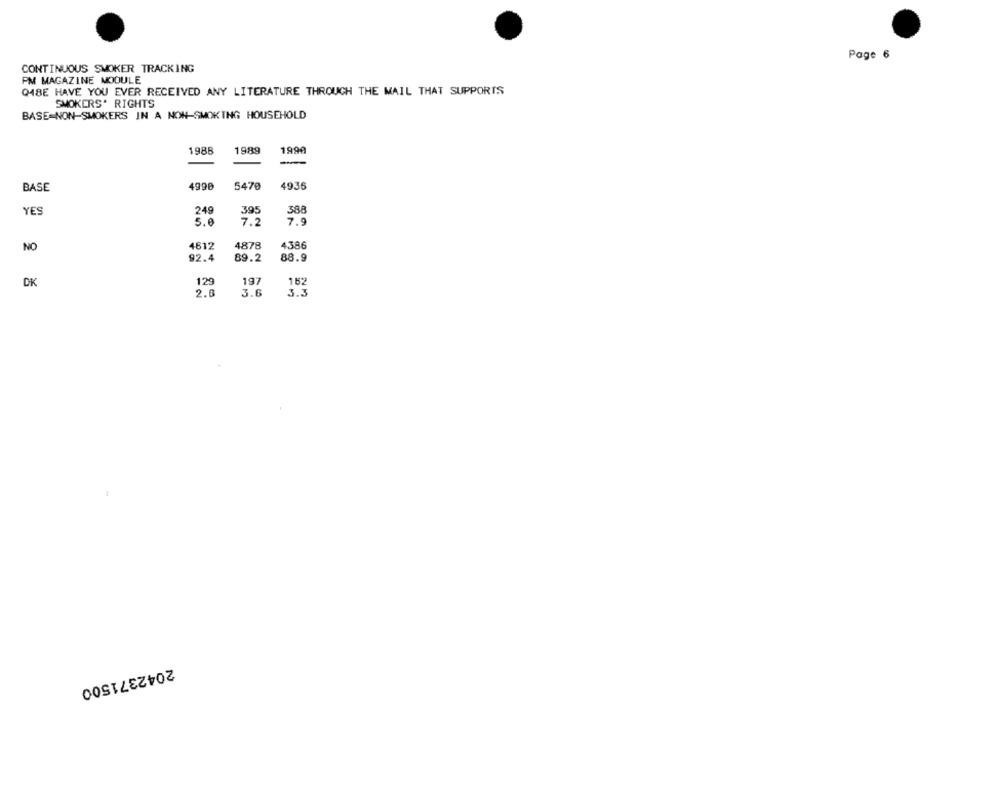
Page 6
CONTINUOUS SMOKER TRACKING
PM MAGAZINE MODULE
Q18E HAVE YOU EVER RECEIVED ANY LITERATURE THROUGH THE MAIL THAT SUPPORTS
SMOKERS* RIGHTS
BASE=NON-SMOKERS IN A NON-SMOKING HOUSEHOLD
198
1989
1990
BASE
4990
5470
4936
YES
249
395
388
5.0
7.2
7.9
4612
4878
4386
NO
92.4
89.2
88.9
DK
129
197
162
2.0
3.6
3.3
2042371500